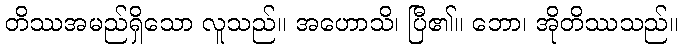
တိဿအမည်ရှိသော လူသည်။ အဟောသိ၊ ပြီ၏။ ဘော၊ အိုတိဿသည်။